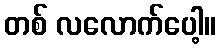
တစ် လလောက်ပေါ့။